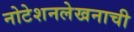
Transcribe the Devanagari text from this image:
नोटेशनलेखनाची